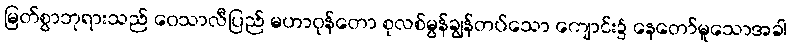
မြတ်စွာဘုရားသည် ဝေသာလီပြည် မဟာဝုန်တော စုလစ်မွန်ချွန်တပ်သော ကျောင်း၌ နေတော်မူသောအခါ